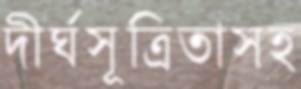
দীর্ঘসূত্রিতাসহ